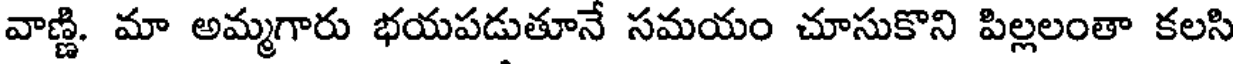
వాణ్ణి. మా అమ్మగారు భయపడుతూనే సమయం చూసుకొని పిల్లలంతా కలసి